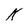
Character: k